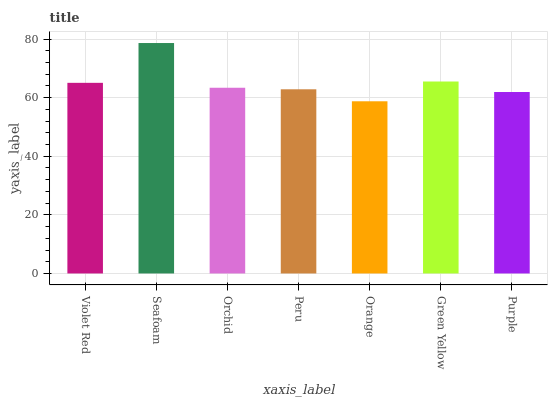
| xaxis_label | bars |
 | --- | --- |
 | Violet Red | 65 |
 | Seafoam | 78.6 |
 | Orchid | 63.4 |
 | Peru | 62.8 |
 | Orange | 58.8 |
 | Green Yellow | 65.5 |
 | Purple | 61.9 |